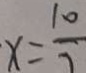
x = \frac { 1 0 } { 7 }